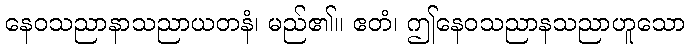
နေဝသညာနာသညာယတနံ၊ မည်၏။ ဧတံ၊ ဤနေဝသညာနသညာဟူသော